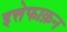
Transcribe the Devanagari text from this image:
इत्तेफाक़न